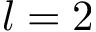
l = 2